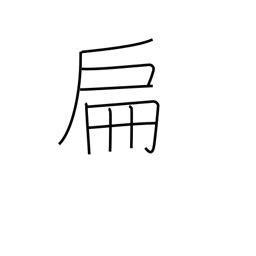
Meaning: small